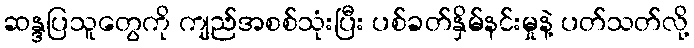
ဆန္ဒပြသူတွေကို ကျည်အစစ်သုံးပြီး ပစ်ခတ်နှိမ်နင်းမှုနဲ့ ပတ်သတ်လို့